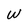
Character: W